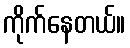
ကိုက်နေတယ်။